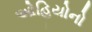
ઓહિયોનો